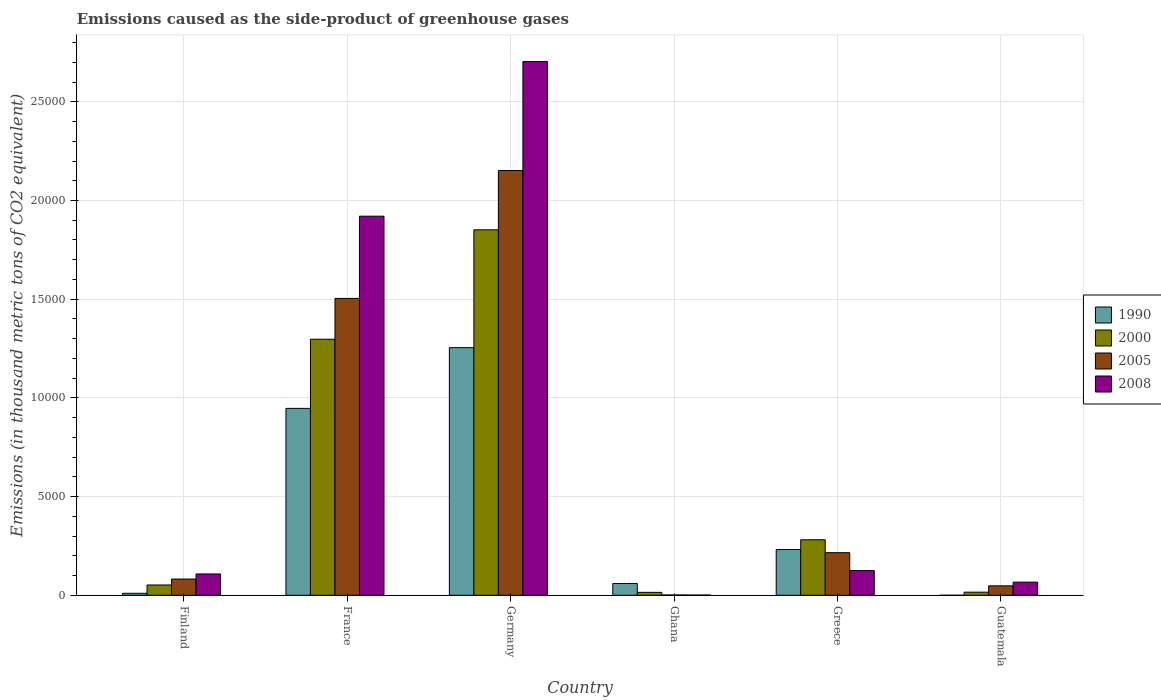
| Country | 1990 | 2000 | 2005 | 2008 |
 | --- | --- | --- | --- | --- |
 | Finland | 100 | 522 | 822 | 1.08e+03 |
 | France | 9.47e+03 | 1.3e+04 | 1.5e+04 | 1.92e+04 |
 | Germany | 1.25e+04 | 1.85e+04 | 2.15e+04 | 2.7e+04 |
 | Ghana | 596 | 148 | 14.7 | 11.2 |
 | Greece | 2.32e+03 | 2.81e+03 | 2.16e+03 | 1.25e+03 |
 | Guatemala | 0.1 | 158 | 478 | 666 |